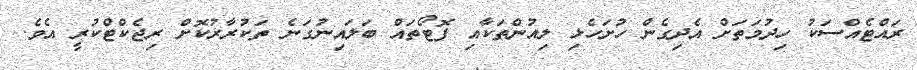
ރައްޓެއްސަކު ހިދުމަތަށް އެދިގެން ހުށަހެޅި ލިއުންތަކާއި ފޮޓޯތައް ބަލައިނުގަނެ ތަކުރާރުކޮށް ރިޖެކްޓްކުރީ އެވެ.